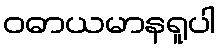
ဝဓာယမာနရူပါ